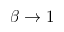
\beta \to 1